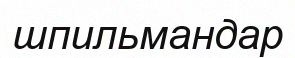
шпильмандар